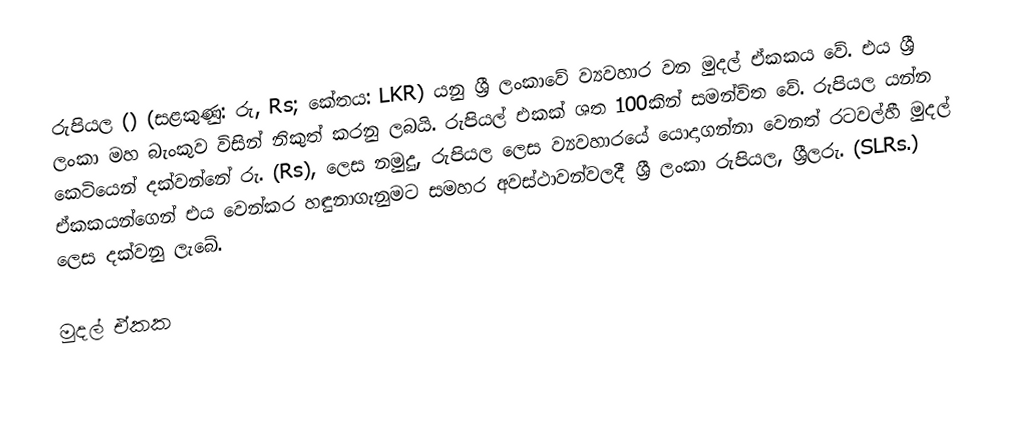
රුපියල () (සළකුණු: රු, Rs; කේතය: LKR) යනු ශ්‍රී ලංකාවේ ව්‍යවහාර වන මුදල් ඒකකය වේ. එය ශ්‍රී ලංකා මහ බැංකුව විසින් නිකුත් කරනු ලබයි. රුපියල් එකක් ශත 100කින් සමන්විත වේ. රුපියල යන්න කෙටියෙන් දක්වන්නේ රු. (Rs), ලෙස නමුදු, රුපියල ලෙස ව්‍යවහාරයේ යොදාගන්නා වෙනත් රටවල්හී මුදල් ඒකකයන්ගෙන් එය වෙන්කර හඳුනාගැනුමට සමහර අවස්ථාවන්වලදී ශ්‍රී ලංකා රුපියල, ශ්‍රීලරු. (SLRs.) ලෙස දක්වනු ලැබේ.

මුදල් ඒකක